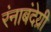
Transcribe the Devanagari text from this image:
रंनाबंदेय्री